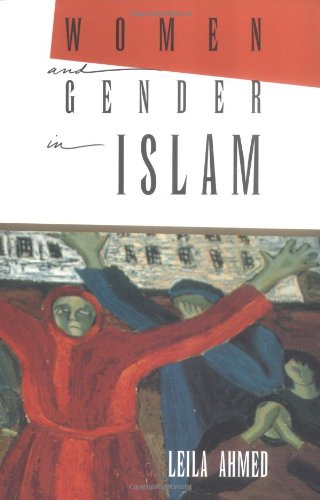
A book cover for Women and Gender in Islam: Historical Roots of a Modern Debate; Leila Ahmed; History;